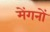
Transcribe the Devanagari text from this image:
मेंगनों